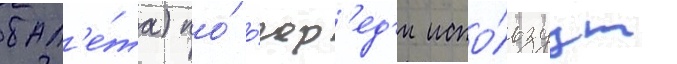
бал'е́та) по́ о́чер'ед'и испо́льзуут